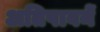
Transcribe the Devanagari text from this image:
अतिपावनें